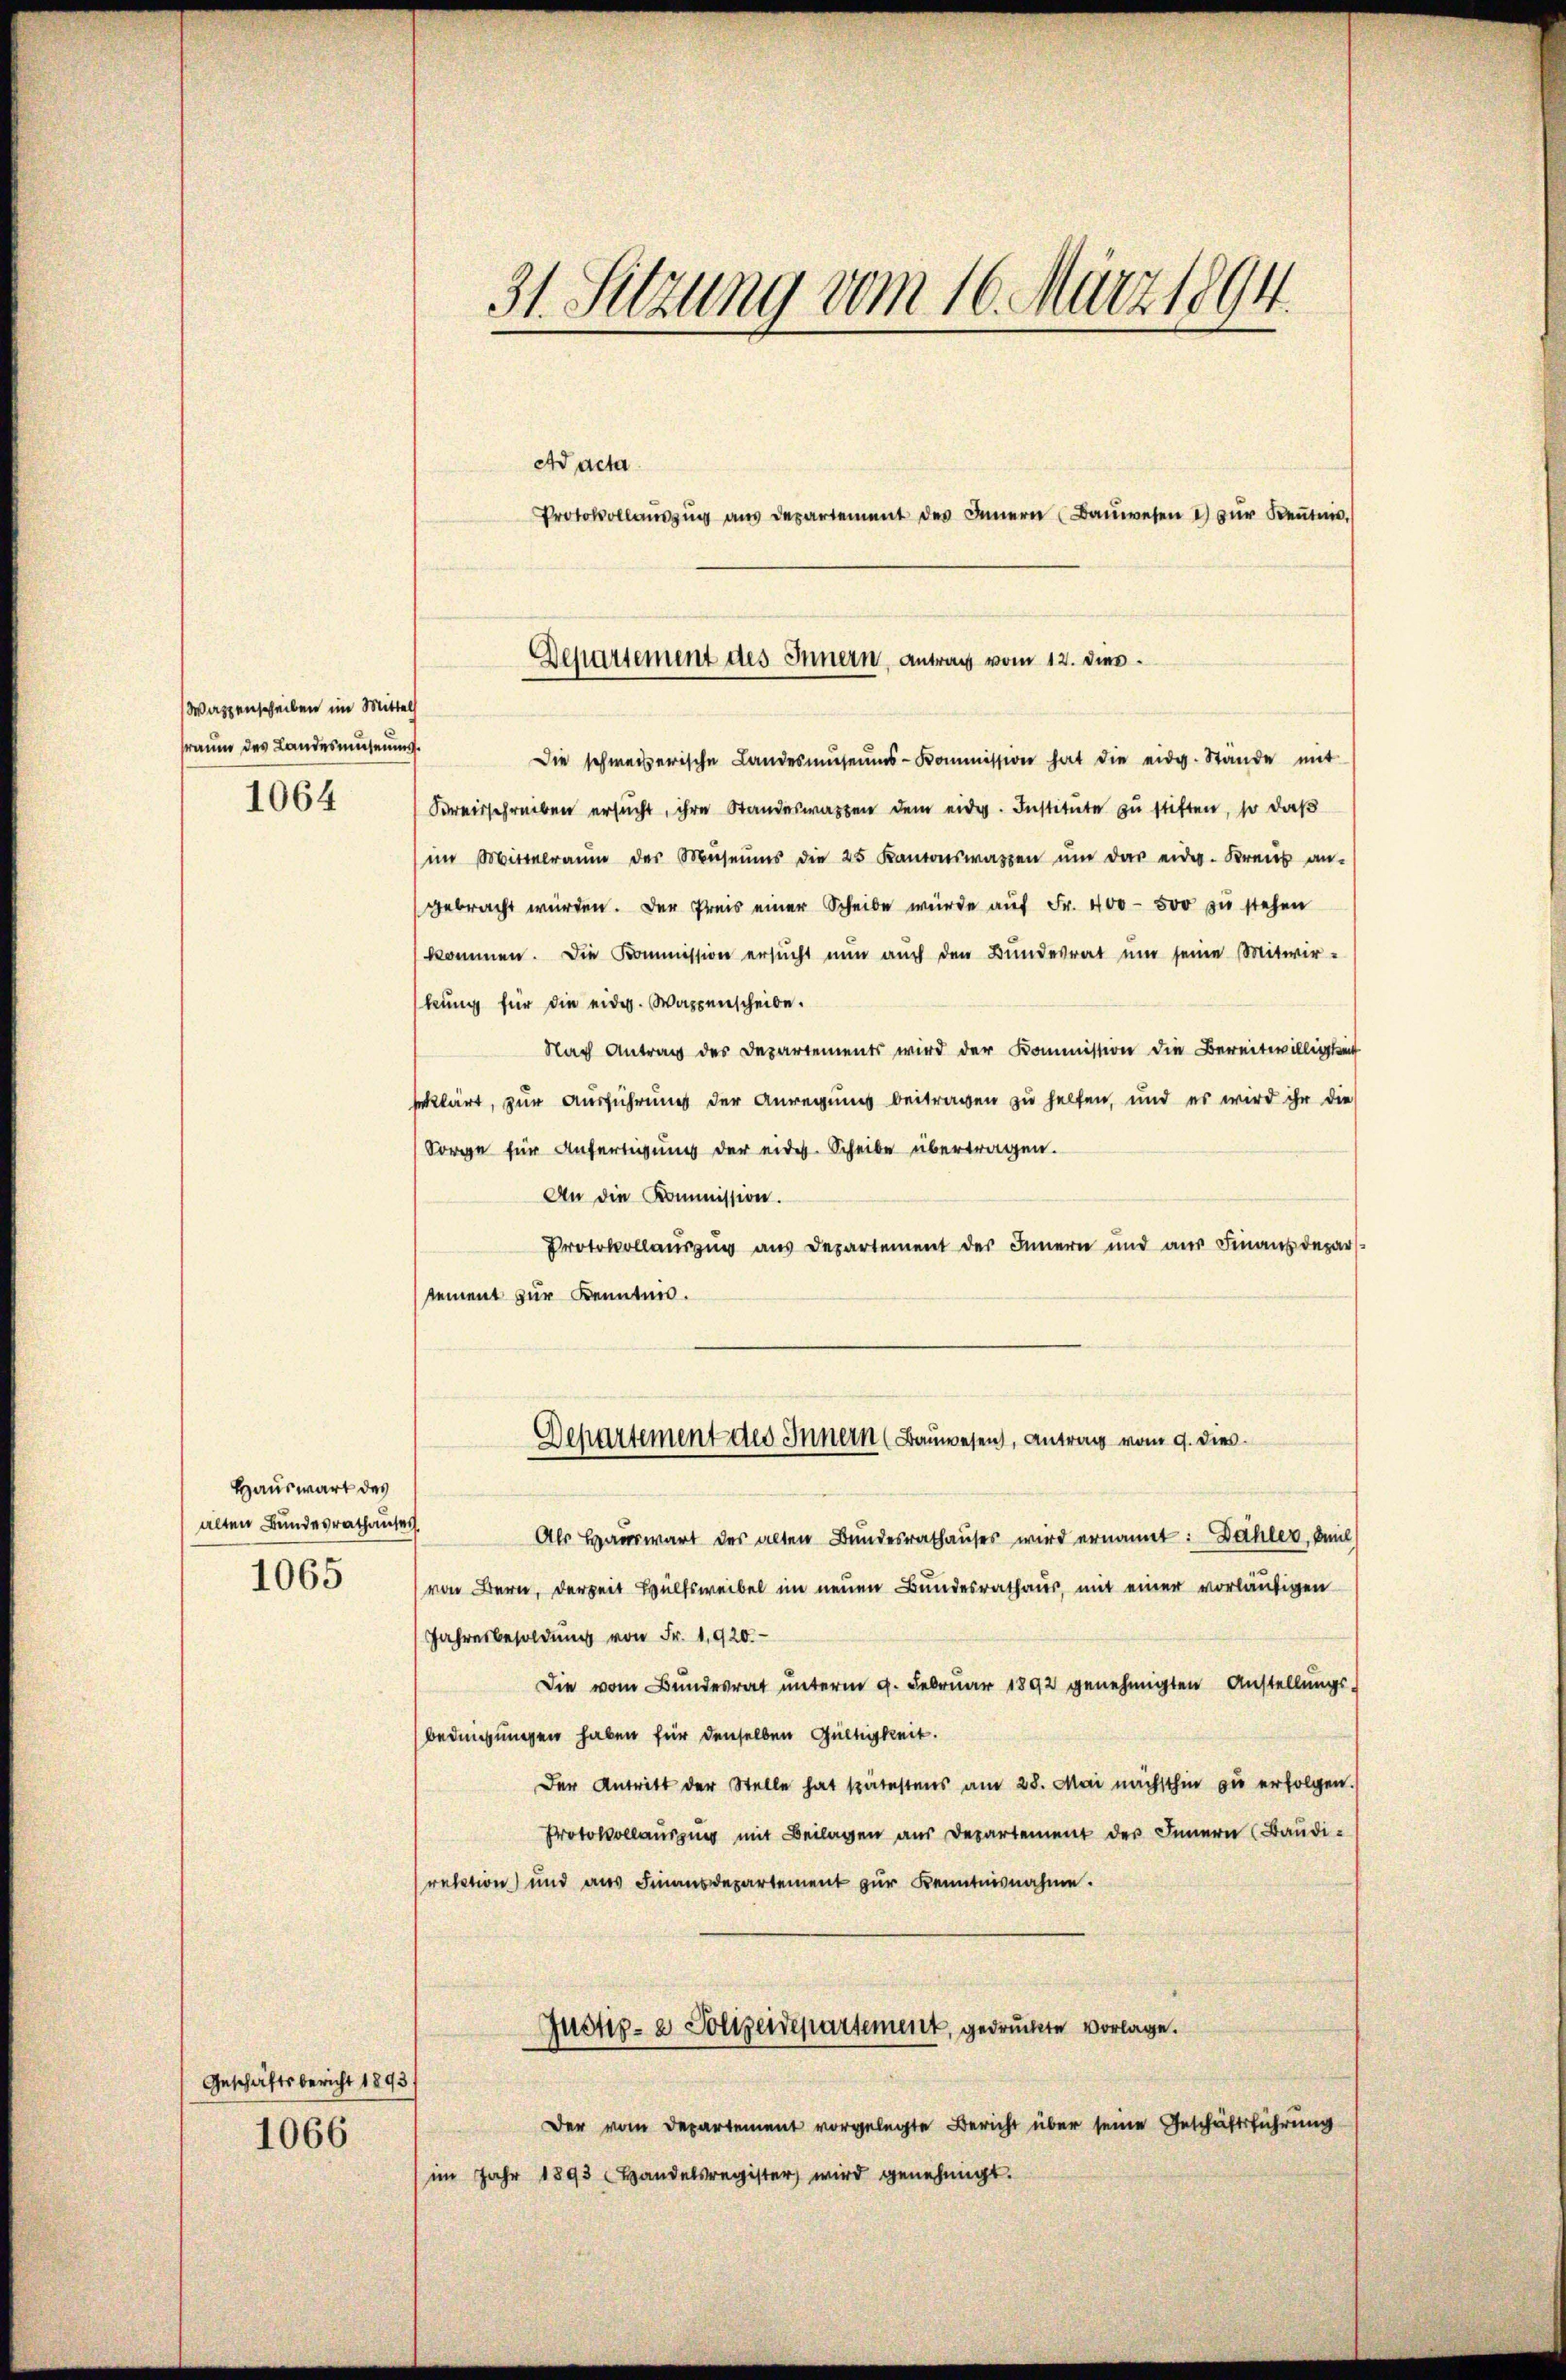
Wazzenscheiben im Mittel
sraum des Landesmahnung.

1064

Hauswart des
alten Bundesrathauses
1065

Geschäftsbericht 1893.
1066

31. Setzung vom 16. März 1894.

Ad acta
Protokollaŭszŭg aŭs departement des Innern (Baŭwesen u zŭr Keṅtnis,
Die schweizerische Landesmŭseŭms-Kommission hat die eidg. Stände mit
Kreisschreiben ersŭcht, ihre Standeswarten dem eidg. Institute zu stiften, so daß
im Mittelraum der Museums die 25 Kantonswassen ŭm das eidg. Kreis an-
gebracht würden. Der Preis einer Scheibe würde auf Fr. 400 - 500 zu stehen
kommen. Die Kommission ersŭcht nun auch den Bŭndesrat ŭm seine Mitwir-
kung für die eidg. Wappenscheibe.
Nach Antrag des Departements wird der Kommission die Bereitwilligkeit
rklärt, zur Ausführung der Anregung beitragen zu helfen, und es wird ihr die
Sorge für Anfertigung der eides. Scheibe übertragen.
An die Kommission.
Protokollauszug aus Departement der Innern und aŭs Finanzdepar
sement zur Kenntnis.
Departement des Innern (Bauwesen, Antrag vom 9. dies
Als Haŭswart des alten Bundesrathaŭses wird ernannt: Dähler, Anl
von Bern, derzeit Hülfsweibel im neuen Bundesrathaus, mit einer vorläufigen
Jahresbesoldung von Fr. 1920.
Die vom Bundesrat unterm 9. Februar 1892 genehmigten Anstellungs-
bedingungen haben für denselben Gültigkeit.
Der Antritt der Stelle hat spätestens am 28. Mai nächsthin zu erfolgen.)
Protokollausung mit Beilagen aus Departement des Innern (Baudi-
rektion) und aus Finanzdepartement zur Kenntnisnahme.
Justiz- & Polizeidepartement, gedruckte vorlage.
Der vom Departement vorgelegte Bericht über seine Geschäftsführung
im Jahr 1893 Handelsregister wird genehmigt.

Departement des Innern, Antrag vom 12. dies